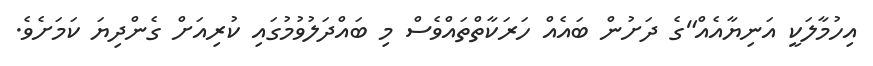
އިހުމާލަކީ އަނިޔާއެއް"ގެ ދަށުން ބައެއް ހަރަކާތްތައްވެސް މި ބައްދަލުވުމުގައި ކުރިއަށް ގެންދިޔަ ކަމަށެވެ.